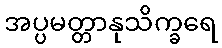
အပ္ပမတ္တာနုသိက္ခရေ